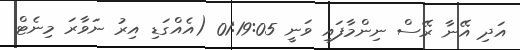
އަދި އޭނާ ރޭސް ނިންމާފައި ވަނީ 01:19:05 (އެއްގަޑި އިރު ނަވާރަ މިނެޓް